Civil Veterinary Dept. North-West Frontier Province 1923-32 - 1923-1932
Year: 1923
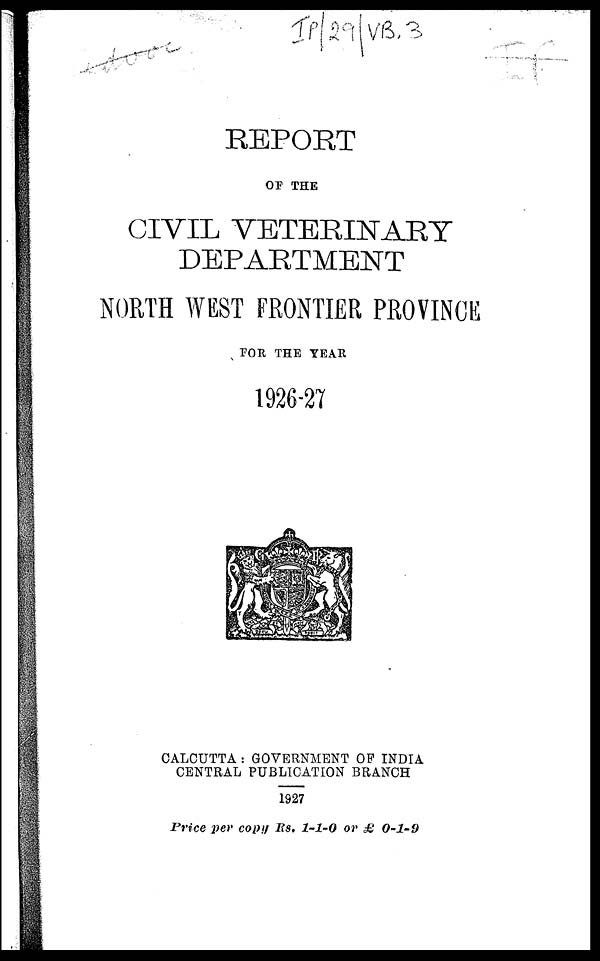
REPORT
OF THE
CIVIL VETERINARY
DEPARTMENT
NORTH WEST FRONTIER PROVINCE
FOR THE YEAR
1926-27
CALCUTTA : GOVERNMENT OF INDIA
CENTRAL PUBLICATION BRANCH
1927
Price per copy Rs. 1-1-0 or £ 0-1-9